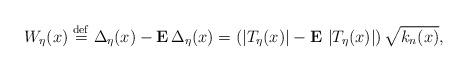
LaTeX: \begin{align*}W_{\eta }(x)\stackrel{\rm def}{=}\Delta _{\eta }(x)-{\bf E\,}\Delta _{\eta}(x)=\left( \left| T_{\eta }(x)\right| -{\bf E\,}\left| T_{\eta }(x)\right|\right) \sqrt{k_{n}(x)}, \end{align*}